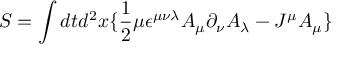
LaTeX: S = \int d t d ^ { 2 } x \lbrace \frac { 1 } { 2 } \mu \epsilon ^ { \mu \nu \lambda } A _ { \mu } \partial _ { \nu } A _ { \lambda } - J ^ { \mu } A _ { \mu } \rbrace